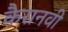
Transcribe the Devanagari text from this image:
कैरानवी